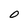
Character: 0